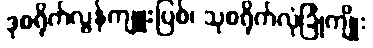
ဒုစရိုက်လွန်ကျူးပြစ်၊ သုစရိုက်လုံခြုံကျိုး